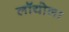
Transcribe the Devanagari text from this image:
लॉयोला